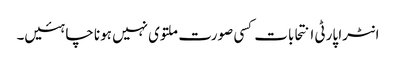
انٹرا پارٹی انتحابات کسی صورت ملتوی نہیں ہونا چاہئیں۔